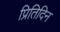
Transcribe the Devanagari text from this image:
प्रितिदिन